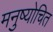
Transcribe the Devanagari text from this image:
मनुष्योचित